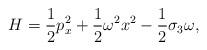
LaTeX: \begin{align*}H = \frac{1}{2}p^{2}_x + \frac{1}{2}\omega^{2} x^{2} - \frac{1}{2}\sigma_{3}\omega,\end{align*}